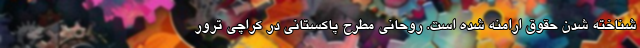
شناخته شدن حقوق ارامنه شده است. روحانی مطرح پاکستانی در کراچی ترور